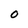
Character: O